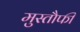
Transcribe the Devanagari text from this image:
मुस्तौफी